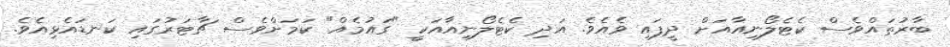
ބާރުތައްވެސް ކެޓެލޯނިއާއަށް ދީފައި ވެއެވެ. އަދި ކެޓެލޯނިއާއަކީ "ގައުމެއް" ކަމަށްވެސް ޗާޓަރުގައި ކަނޑައެޅިއެވެ.